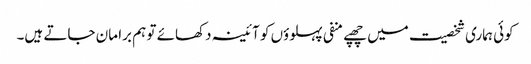
کوئی ہماری شخصیت میں چھپے منفی پہلوؤں کو آئینہ دکھائے تو ہم برا مان جاتے ہیں۔